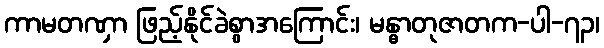
ကာမတဏှာ ဖြည့်နိုင်ခဲစွာအကြောင်း၊ မန္ဓာတုဇာတက-ပါ-၇၃၊